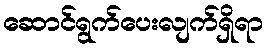
ဆောင်ရွက်ပေးလျက်ရှိရာ